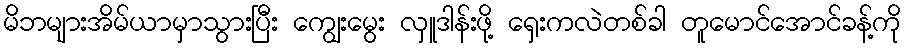
မိဘများအိမ်ယာမှာသွားပြီး ကျွေးမွေး လှူဒါန်းဖို့ ရှေးကလဲတစ်ခါ တူမောင်အောင်ခန့်ကို